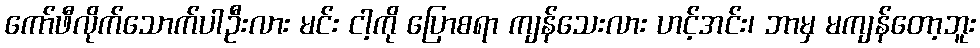
ကော်ဖီလိုက်သောက်ပါဦးလား မင်း ငါ့ကို ပြောစရာ ကျန်သေးလား ဟင့်အင်း၊ ဘာမှ မကျန်တော့ဘူး